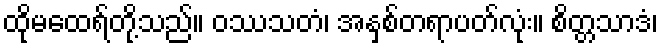
ထိုမထေရ်တို့သည်။ ဝဿသတံ၊ အနှစ်တရာပတ်လုံး။ စိတ္တသာဒံ၊